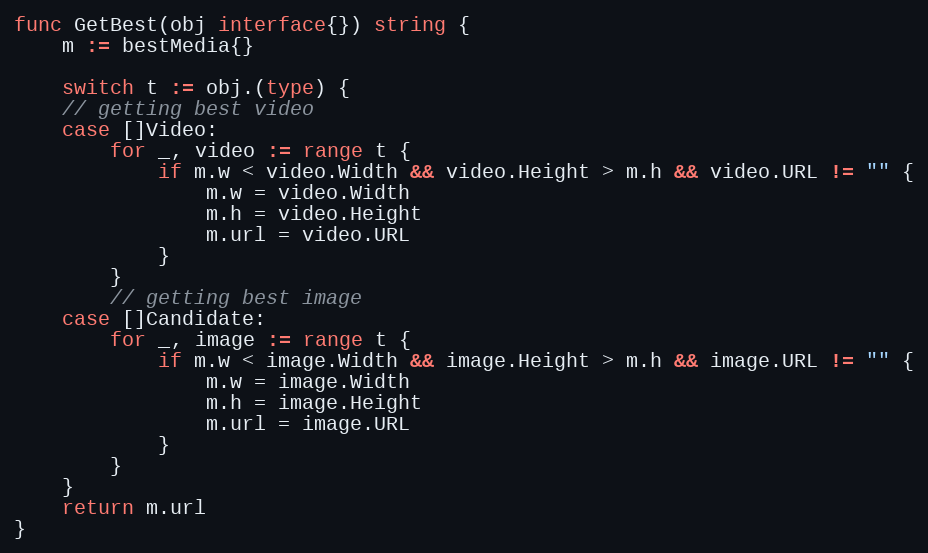
Language: Go
func GetBest(obj interface{}) string {
	m := bestMedia{}

	switch t := obj.(type) {
	// getting best video
	case []Video:
		for _, video := range t {
			if m.w < video.Width && video.Height > m.h && video.URL != "" {
				m.w = video.Width
				m.h = video.Height
				m.url = video.URL
			}
		}
		// getting best image
	case []Candidate:
		for _, image := range t {
			if m.w < image.Width && image.Height > m.h && image.URL != "" {
				m.w = image.Width
				m.h = image.Height
				m.url = image.URL
			}
		}
	}
	return m.url
}